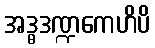
အဒ္ဓဒဏ္ဍကေဟိပိ